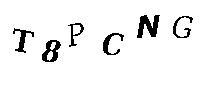
T8PCNG